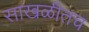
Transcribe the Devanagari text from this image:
साखळीतच